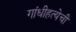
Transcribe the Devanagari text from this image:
गांधीहत्येची